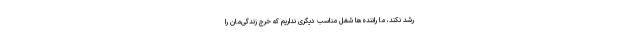
رشد نکند، ما راننده‌ها شغل مناسب دیگری نداریم که خرج زندگی‌مان را